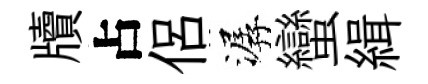
牘占侶潺蠻緝